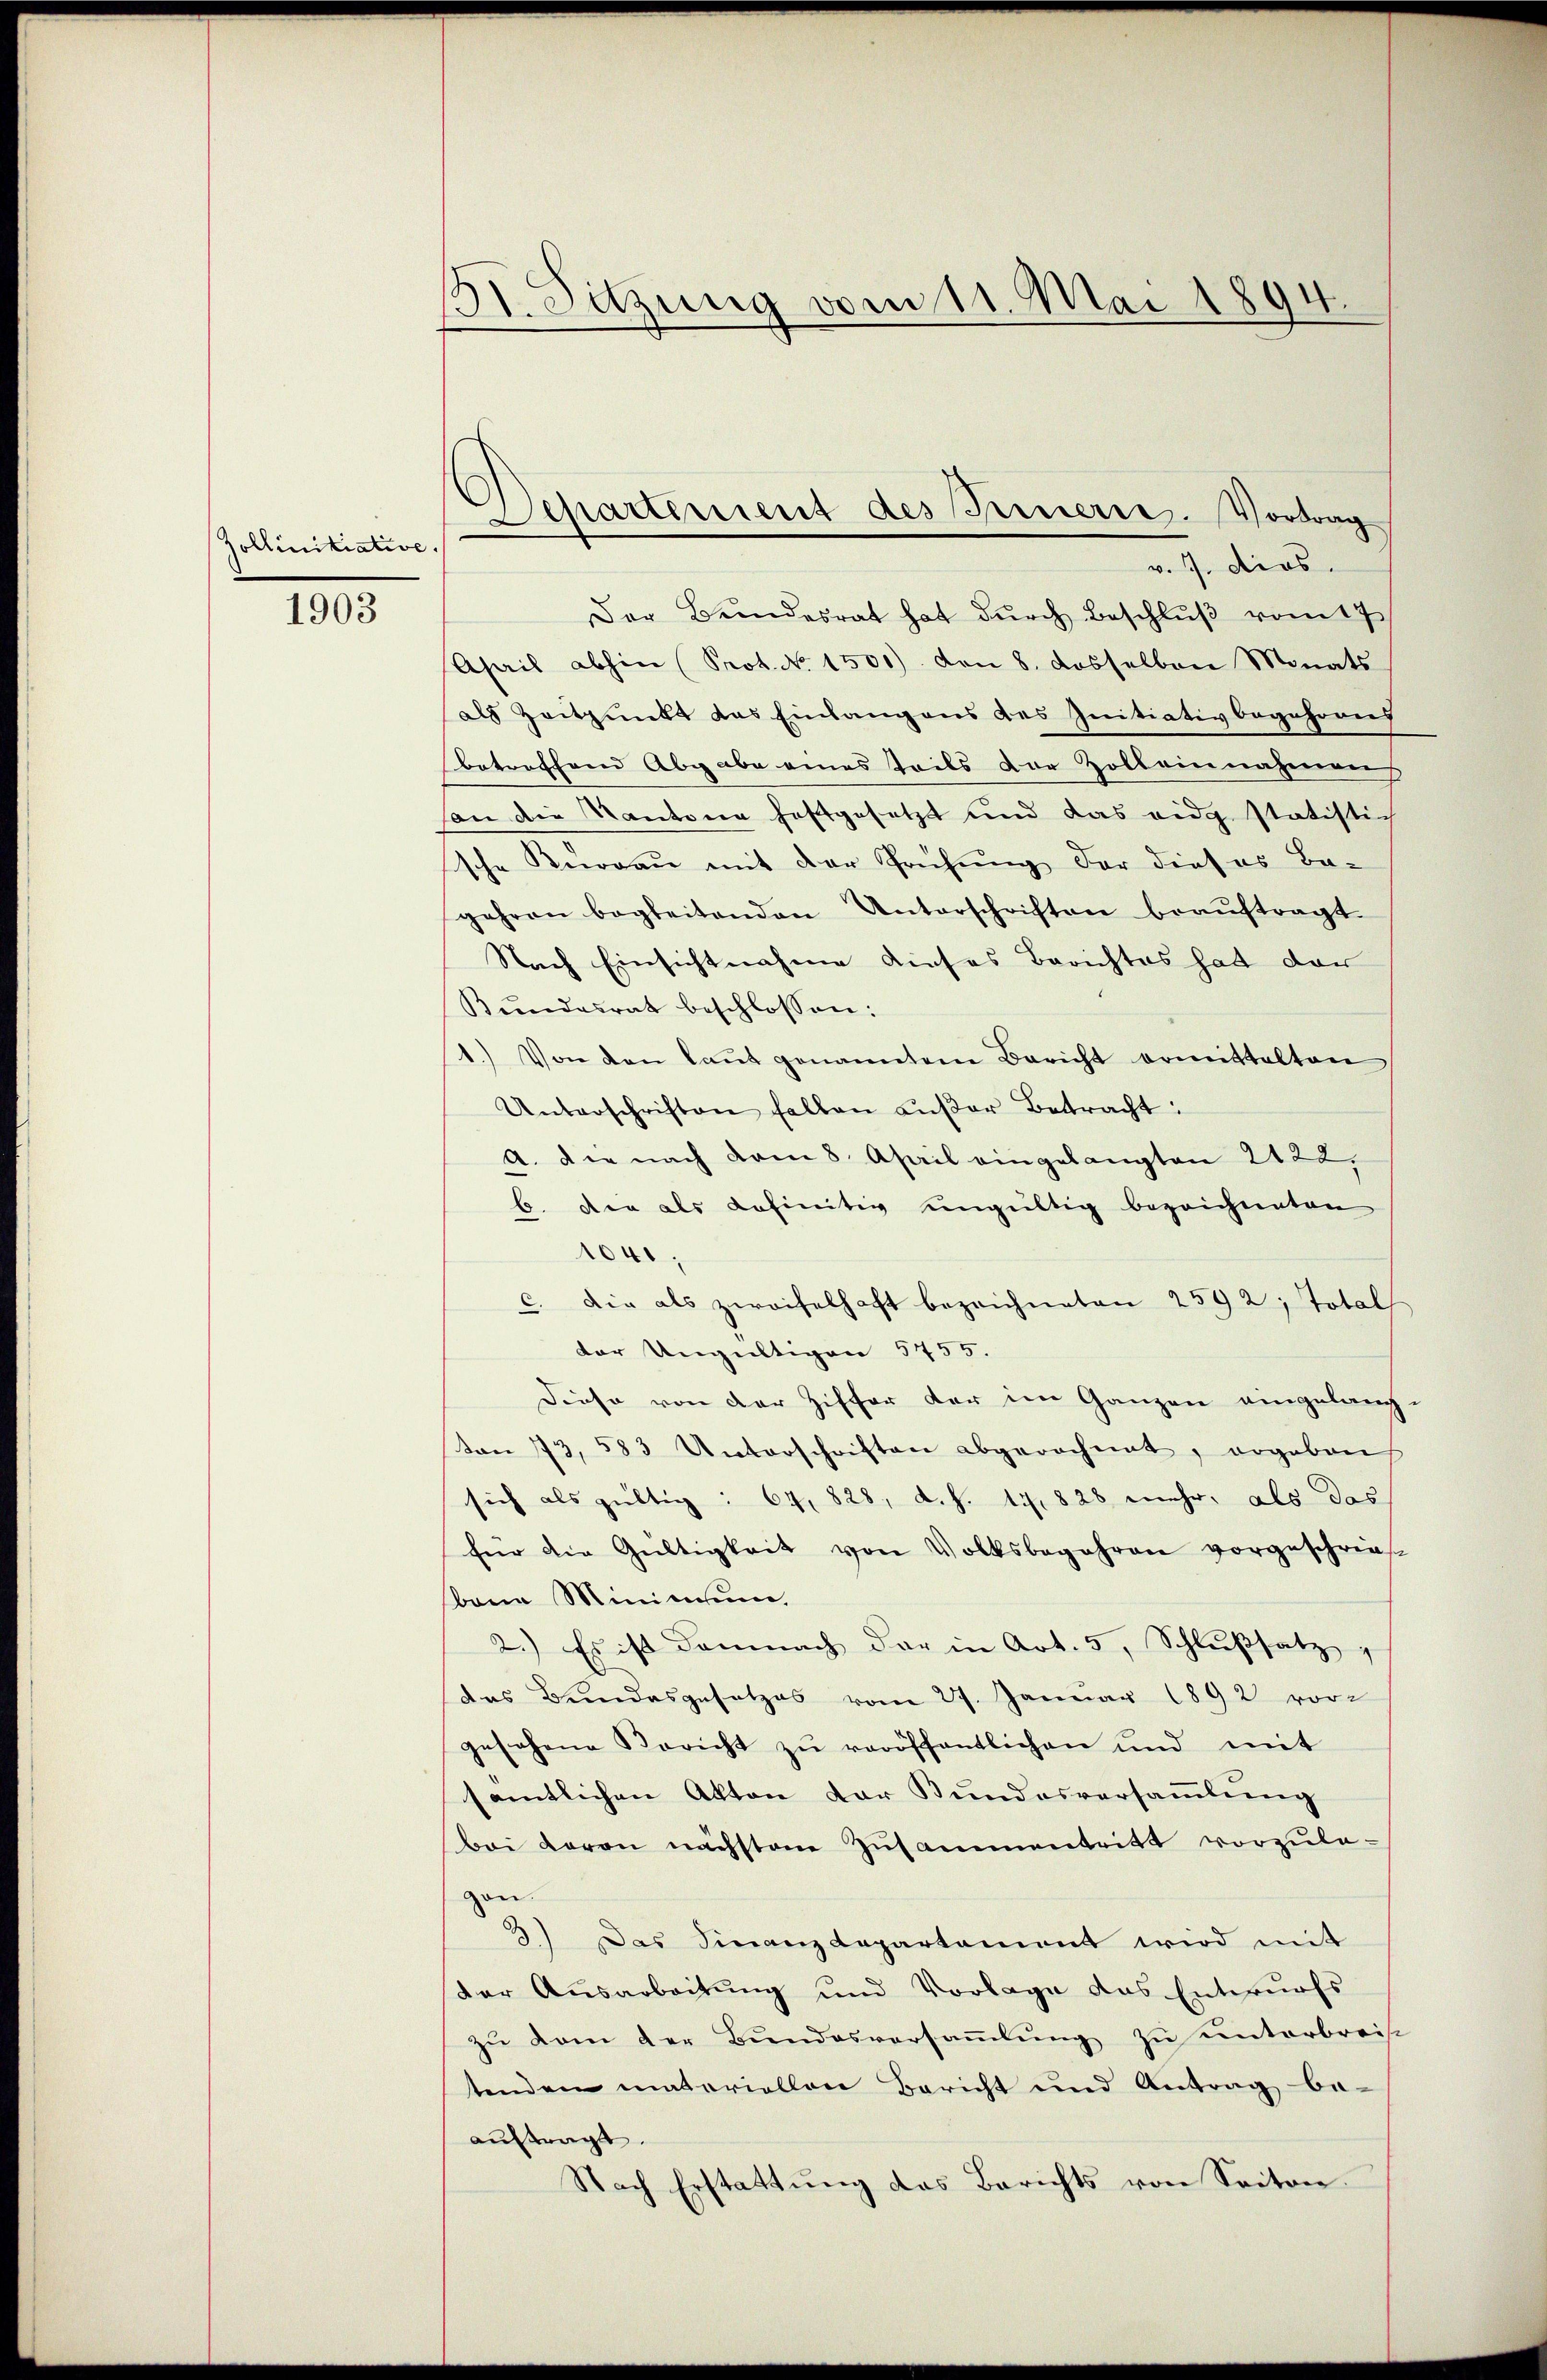
Zollinitiative.

1903

131. Sitzung vom 11. Mai 1894.

Departement des Freuerres. Vortrag
v. 7. dies

Der Bundesrat hat dŭrch Beschlŭβ vom 17.
Apais abhin (Prot. No. 1501) den 8. dasselben Monats-
als Zeitpunkt das Einlangens des Initiativbegehrens
betreffend Abgabe eines Teils der Zolleinnahmen
an die Kantone festgesetzt und das eidg. statistich
sche Thurgau mit der Prüfung der dieses Ba-
gehren begleitenden Unterschriften beaŭftragt.
Nach Einsichtnahme dieses Berichtes hat der
Bŭndesrat beschlossen:
1.) Von den laŭt genannten Bericht ermittalten
Unterschriften fallen aŭβer Betracht:
A. die nach vom 8. April eingelangten 2122,
b. der als definitiv ungültig bezeichneten
1041,
c. Die als zweifelhaft bezeichneten 2592; Totals
der Ungültigen 5755.
Diese von der Ziffer der im Ganzen eingelang-
ton 73. 583 Unterschriften abgerechnet, ergeben
sich als gültig: 67. 828, d.h. 1. 828 mehr, als das
für die Gültigkeit von Volksbegehren vorgeschrie-
bana Minimum.
2.) Es ist damnach der in Art. 5, Schlußsatz
das Bundesgesetzes vom 27. Januar 1892 vorgesehene Bericht zŭ veröffentlichen und mit
sämtlichen Akten dar Bundesversammlung
Bei Baron nächstem Zusammentritt vorzulazon.
3) Das Finanzdepartament wird mit
der Ausarbeitung und Vorlage das Entwurfs
zŭ dem der Bundesversaṁlŭng zu unterbreise
tenden materiellen Bericht und Antrag be-
auftragt.
Nach Erstattŭng das Berichts von Seiten